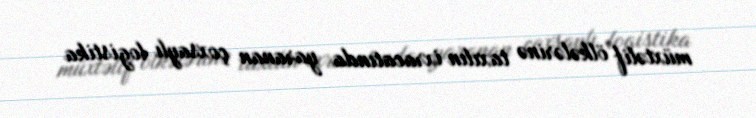
müxtəlif ölkələrinə taxılın ixracatında yaranan çoxsaylı logistika